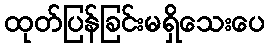
ထုတ်ပြန်ခြင်းမရှိသေးပေ